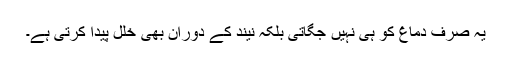
یہ صرف دماغ کو ہی نہیں جگاتی بلکہ نیند کے دوران بھی خلل پیدا کرتی ہے۔